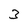
Character: 3